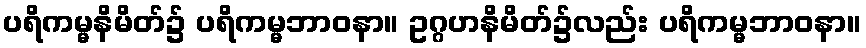
ပရိကမ္မနိမိတ်၌ ပရိကမ္မဘာဝနာ။ ဥဂ္ဂဟနိမိတ်၌လည်း ပရိကမ္မဘာဝနာ။